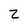
Character: Z